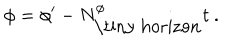
\phi = \phi ^ { \prime } - N _ { \mathrm { \tiny ~ h o r i z o n } } ^ { \phi } t \ .